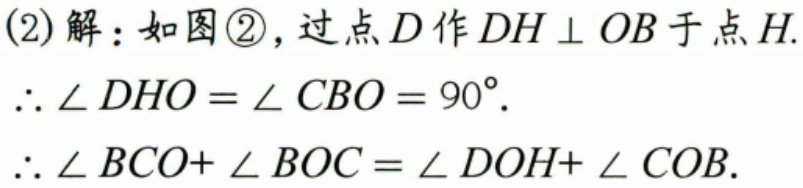
(2) 解：如图\textcircled{2}，过点\(D\)作\(DH\perp OB\)于点\(H\).
\(\therefore \angle DHO=\angle CBO = 90^{\circ}\).
\(\therefore \angle BCO+\angle BOC=\angle DOH+\angle COB\).